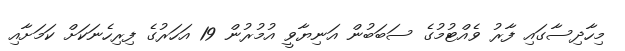
މިހާދިސާގައި ފާރު ވެއްޓުމުގެ ސަބަބުން އަނިޔާވީ އުމުރުން 19 އަހަރުގެ ފިރިހެނަކަށް ކަމަށާއި